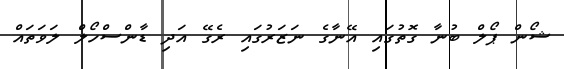
ޝޯން ޕޯލް ބުނާ ގޮތުގައި އޭނާގެ ނަޒަރުގައި ރެގޭ އަދި ޑާންސްހޯލް ލަވަތައް